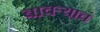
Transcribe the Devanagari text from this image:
बावऱ्याचं